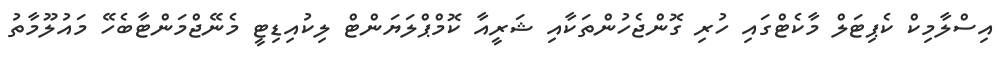
އިސްލާމިކް ކެޕިޓަލް މާކެޓްގައި ހުރި ގޮންޖެހުންތަކާއި ޝަރީއާ ކޮމްޕްލަޔަންޓް ލިކުއިޑިޓީ މެނޭޖްމަންޓާބެހޭ މައުލޫމާތު